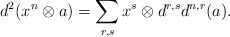
\begin{align*}d^2(x^n\otimes a)=\sum_{r,s} x^s\otimes d^{r,s}d^{n,r}(a).\end{align*}